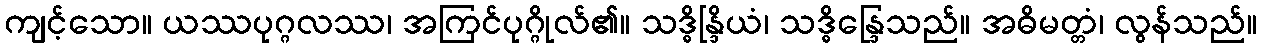
ကျင့်သော။ ယဿပုဂ္ဂလဿ၊ အကြင်ပုဂ္ဂိုလ်၏။ သဒ္ဓိန္ဒြိယံ၊ သဒ္ဓိန္ဒြေသည်။ အဓိမတ္တံ၊ လွန်သည်။